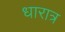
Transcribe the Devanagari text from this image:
धारात्र